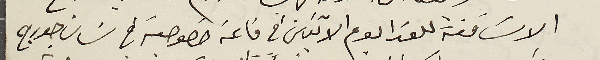
الاسَاقفة للغدا يوم الاثنين في قاعة خصوصية فى سَان جورج